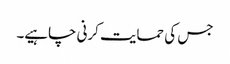
جس کی حمایت کرنی چاہیے۔